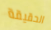
الحقيقة